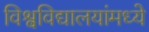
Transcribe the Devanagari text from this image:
विश्वविद्यालयांमध्ये